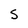
Character: S